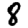
Digit: 8